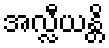
အလ္လီယန္တိ